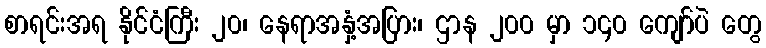
စာရင်းအရ နိုင်ငံကြီး ၂၀၊ နေရာအနှံ့အပြား၊ ဌာန ၂၀၀ မှာ ၁၄၀ ကျော်ပဲ တွေ